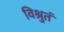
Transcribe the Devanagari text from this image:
विश्रुतं